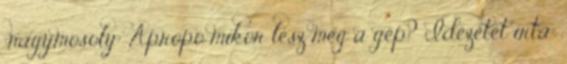
:nagymosoly: Apropó mikor lesz meg a gép? Idézetet írta: